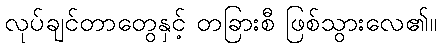
လုပ်ချင်တာတွေနှင့် တခြားစီ ဖြစ်သွားလေ၏။